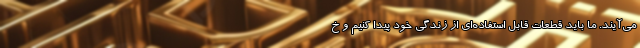
می‌آیند. ما باید قطعات قابل استفاده‌ای از زندگی خود پیدا کنیم و خ